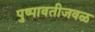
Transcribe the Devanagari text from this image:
पुष्पावतीजवळ